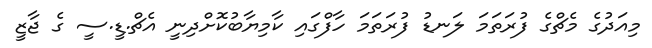
މިއަދުގެ މެޗްގެ ފުރަތަމަ ލަނޑު ފުރަތަމަ ހާފްގައި ކާމިޔާބުކޮށްދިނީ އެޗް.ޑީ.ސީ ގެ ޖާޒީ